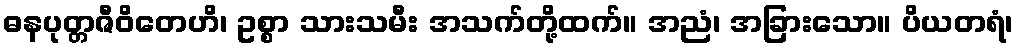
ဓနပုတ္တဇီဝိတေဟိ၊ ဥစ္စာ သားသမီး အသက်တို့ထက်။ အညံ၊ အခြားသော။ ပိယတရံ၊